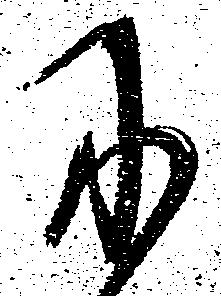
に